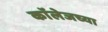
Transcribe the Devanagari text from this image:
काॅलेजच्या